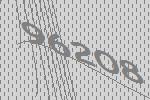
96208